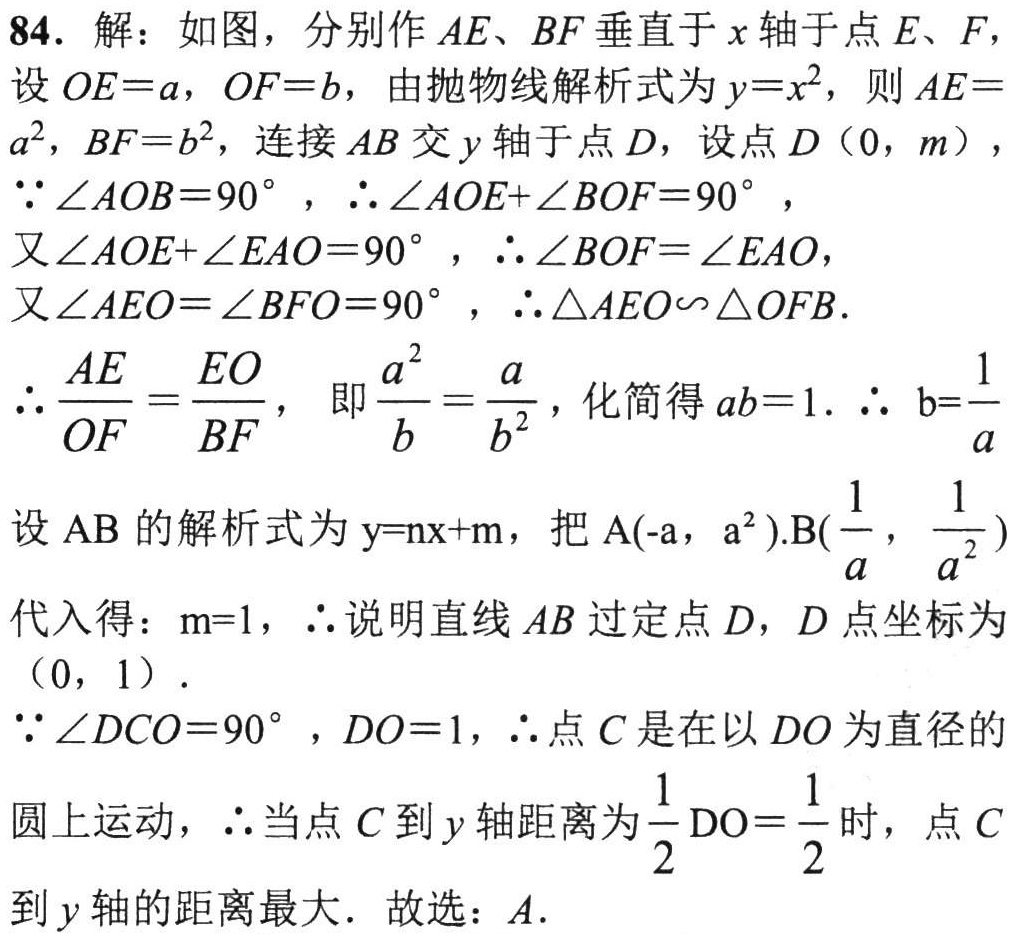
84. 解：如图，分别作 \(AE\)、\(BF\) 垂直于 \(x\) 轴于点 \(E\)、\(F\)，
设 \(OE = a\)，\(OF = b\)，由抛物线解析式为 \(y = x^{2}\)，则 \(AE =
a^{2}\)，\(BF = b^{2}\)，连接 \(AB\) 交 \(y\) 轴于点 \(D\)，设点 \(D(0,m)\)，
\(\because\angle AOB = 90^{\circ}\)，\(\therefore\angle AOE+\angle BOF = 90^{\circ}\)，
又\(\angle AOE+\angle EAO = 90^{\circ}\)，\(\therefore\angle BOF=\angle EAO\)，
又\(\angle AEO=\angle BFO = 90^{\circ}\)，\(\therefore\triangle AEO\sim\triangle OFB\).
\(\therefore\frac{AE}{OF}=\frac{EO}{BF}\)， 即\(\frac{a^{2}}{b}=\frac{a}{b^{2}}\)，化简得 \(ab = 1\). \(\therefore b = \frac{1}{a}\)
设 \(AB\) 的解析式为 \(y = nx + m\)，把 \(A(-a,a^{2})\),\(B(\frac{1}{a},\frac{1}{a^{2}})\)
代入得：\(m = 1\)，\(\therefore\)说明直线 \(AB\) 过定点 \(D\)，\(D\) 点坐标为
\((0,1)\).
\(\because\angle DCO = 90^{\circ}\)，\(DO = 1\)，\(\therefore\)点 \(C\) 是在以 \(DO\) 为直径的
圆上运动，\(\therefore\)当点 \(C\) 到 \(y\) 轴距离为 \(\frac{1}{2}DO=\frac{1}{2}\) 时，点 \(C\)
到 \(y\) 轴的距离最大．故选：\(A\).